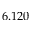
6 . 1 2 0